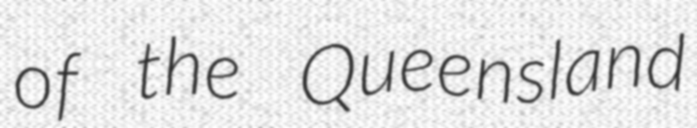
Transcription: of the Queensland